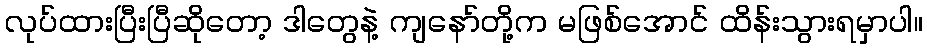
လုပ်ထားပြီးပြီဆိုတော့ ဒါတွေနဲ့ ကျနော်တို့က မဖြစ်အောင် ထိန်းသွားရမှာပါ။